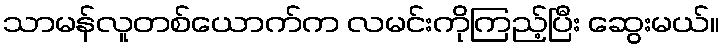
သာမန်လူတစ်ယောက်က လမင်းကိုကြည့်ပြီး ဆွေးမယ်။